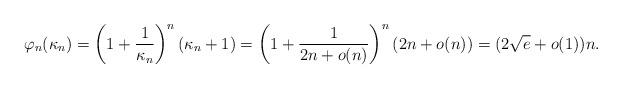
LaTeX: \begin{align*}\varphi_{n}(\kappa_{n})= \left(1+\frac{1}{\kappa_{n}}\right)^{n}(\kappa_{n}+1)=\left(1+\frac{1}{2n+o(n)}\right)^{n}(2n+o(n))=(2\sqrt{e}+o(1))n.\end{align*}